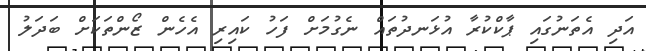
އަދި އެތަނުގައި ޕާކްކުރާ އުޅަނދުތައް ނެގުމަށް ފަހު ކައިރި އެހެން ޒޯންތަކަށް ބަދަލު